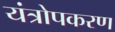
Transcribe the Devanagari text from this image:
यंत्रोपकरण